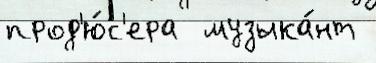
прод'ю́с'ера  музыка́нт